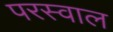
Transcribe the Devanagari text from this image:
परस्वाल